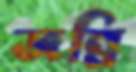
জন্নি